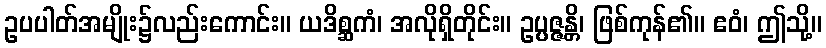
ဥပပါတ်အမျိုး၌လည်းကောင်း။ ယဒိစ္ဆကံ၊ အလိုရှိတိုင်း။ ဥပ္ပဇ္ဇန္တိ၊ ဖြစ်ကုန်၏။ ဧဝံ၊ ဤသို့။